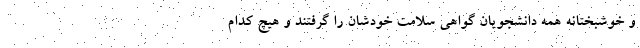
و خوشبختانه همه دانشجویان گواهی سلامت خودشان را گرفتند و هیچ کدام